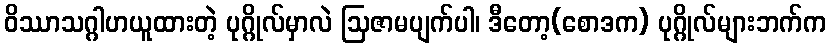
ဝိဿာသဂ္ဂါဟယူထားတဲ့ ပုဂ္ဂိုလ်မှာလဲ ဩဇာမပျက်ပါ၊ ဒီတော့(စောဒက) ပုဂ္ဂိုလ်များဘက်က